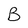
Character: B